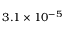
3 . 1 \times 1 0 ^ { - 5 }